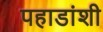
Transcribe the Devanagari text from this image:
पहाडांशी